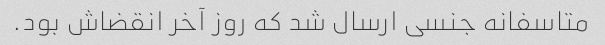
متاسفانه جنسی ارسال شد که روز آخر انقضاش بود.